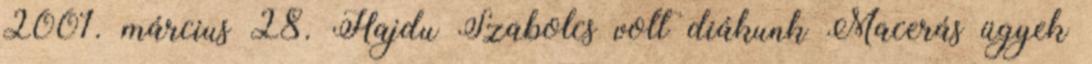
2001. március 28. Hajdu Szabolcs volt diákunk Macerás ügyek